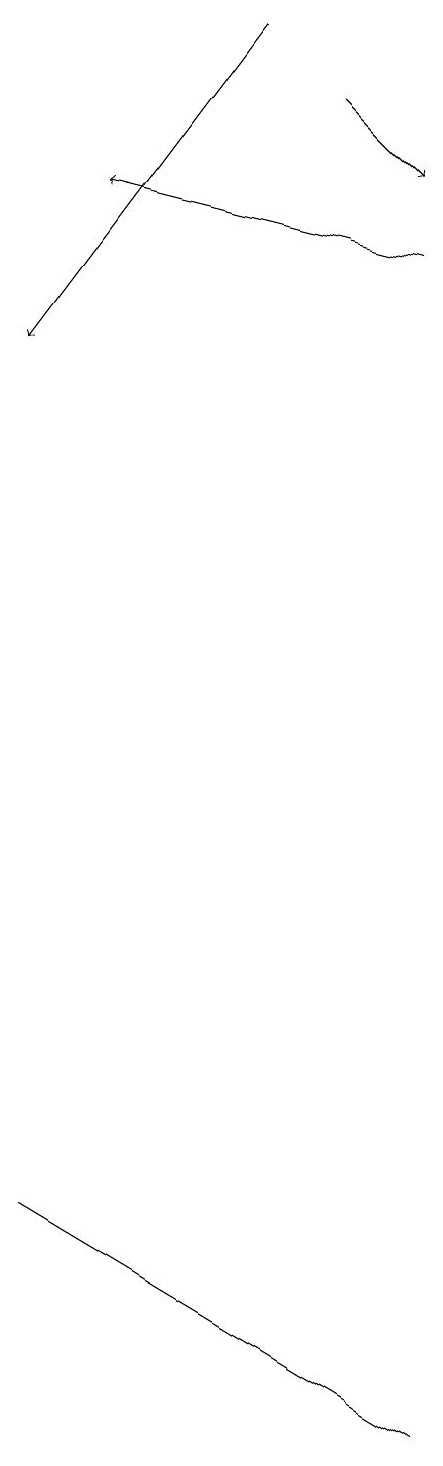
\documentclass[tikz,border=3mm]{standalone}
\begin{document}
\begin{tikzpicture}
\draw (5,1) -- (0,4) -- (0,4) -- cycle;
\draw[->] (3,19) -- (0,15);
\draw[->] (5,16) -- (1,17);
\draw[->] (4,18) -- (5,17);
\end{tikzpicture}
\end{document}